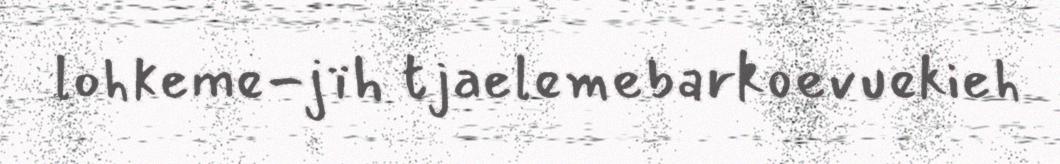
lohkeme-jïh tjaelemebarkoevuekieh